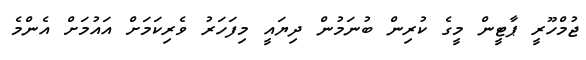
ޖުމްހޫރީ ޕާޓީން މީގެ ކުރިން ބުނަމުން ދިޔައީ މިފަހަރު ވެރިކަމަށް އައުމަށް އެންމެ